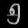
Digit: ၅